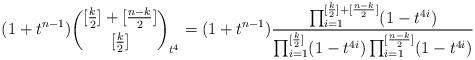
LaTeX: \begin{align*}(1+t^{n-1})\binom{[\frac{k}{2}]+[\frac{n-k}{2}]}{[\frac{k}{2}]}_{t^4} =(1+t^{n-1})\frac{\prod_{i=1}^{[\frac{k}{2}]+[\frac{n-k}{2}]}(1-t^{4i})}{\prod_{i=1}^{[\frac{k}{2}]}(1-t^{4i})\prod_{i=1}^{[\frac{n-k}{2}]}(1-t^{4i})}\end{align*}